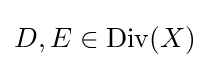
D,E\in {\text{Div}}(X)